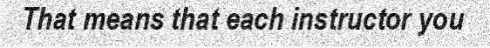
That means that each instructor you